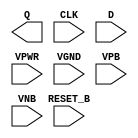
module sky130_fd_sc_ms__dfrtp (
    Q      ,
    CLK    ,
    D      ,
    RESET_B,
    VPWR   ,
    VGND   ,
    VPB    ,
    VNB
);

    output Q      ;
    input  CLK    ;
    input  D      ;
    input  RESET_B;
    input  VPWR   ;
    input  VGND   ;
    input  VPB    ;
    input  VNB    ;
endmodule